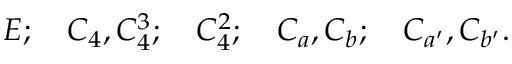
E ; \quad C _ { 4 } , C _ { 4 } ^ { 3 } ; \quad C _ { 4 } ^ { 2 } ; \quad C _ { a } , C _ { b } ; \quad C _ { a ^ { \prime } } , C _ { b ^ { \prime } } .